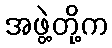
အဖွဲ့တို့က